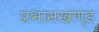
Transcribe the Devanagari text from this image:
प्रभासखण्ड